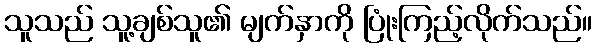
သူသည် သူ့ချစ်သူ၏ မျက်နှာကို ပြုံးကြည့်လိုက်သည်။